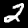
Digit: 2